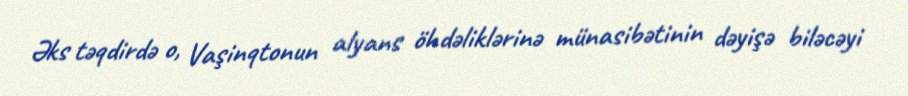
Əks təqdirdə o, Vaşinqtonun alyans öhdəliklərinə münasibətinin dəyişə biləcəyi